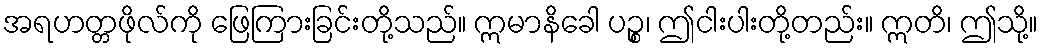
အရဟတ္တဖိုလ်ကို ဖြေကြားခြင်းတို့သည်။ ဣမာနိခေါ ပဉ္စ၊ ဤငါးပါးတို့တည်း။ ဣတိ၊ ဤသို့။